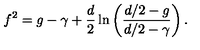
f ^ { 2 } = g - \gamma + \frac { d } { 2 } \ln \left( \frac { { d } / 2 - g } { { d } / 2 - \gamma } \right) .